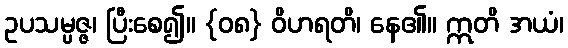
ဥပသမ္ပဇ္ဇ၊ ပြီးစေ၍။ {၀၈} ဝိဟရတိ၊ နေ၏။ ဣတိ အယံ၊